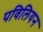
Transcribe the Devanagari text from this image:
पविलियन